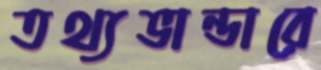
তথ্যভান্ডারে